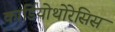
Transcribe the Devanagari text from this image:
कार्डियोथोरेसिस